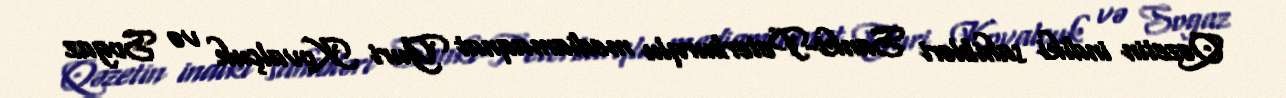
Qəzetin indiki sahibləri Sankt-Peterburqlu mediamaqnat Yuri Kovalçuk və Sogaz